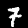
Label: 7